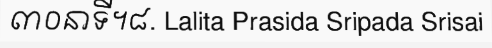
៣០នាទី។៨. Lalita Prasida Sripada Srisai